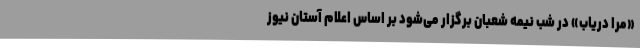
«مرا دریاب» در شب نیمه شعبان برگزار می‌شود بر اساس اعلام آستان نیوز